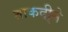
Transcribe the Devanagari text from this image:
ताकदी्ने